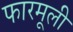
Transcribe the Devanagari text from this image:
फारमूली